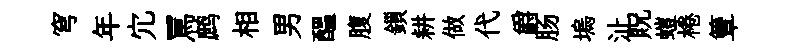
穹年宂罵鹧相男醖腹鎻耕做代爵肠塢沚貺螘棬簟